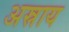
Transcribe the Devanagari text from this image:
अस्राय